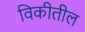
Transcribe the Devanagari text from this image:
विकीतील